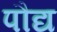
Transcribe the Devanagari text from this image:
पौद्य